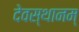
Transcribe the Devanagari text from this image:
देवस्थानम्